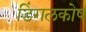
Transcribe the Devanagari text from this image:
डिंगलकोष